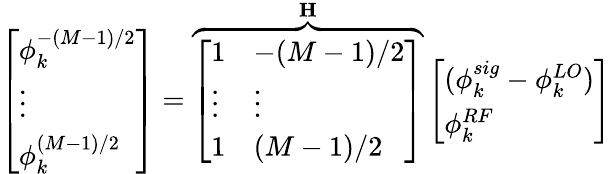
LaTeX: \left[\begin{array}{l}{\phi_{k}^{-(M-1)/2}}\\ {\vdots}\\ {\phi_{k}^{(M-1)/2}}\end{array}\right]=\overbrace{\left[\begin{array}{ll}{1}&{-(M-1)/2}\\ {\vdots}&{\vdots}\\ {1}&{(M-1)/2}\end{array}\right]}^{\mathbf{H}}\left[\begin{array}{l}{(\phi_{k}^{sig}-\phi_{k}^{LO})}\\ {\phi_{k}^{RF}}\end{array}\right]